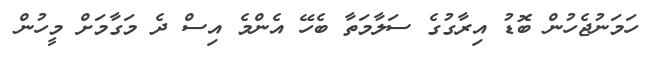
ހަމަނުޖެހުން ބޮޑު އިރާގުގެ ސަލާމަތާ ބެހޭ އެންމެ އިސް ދެ މަގާމަށް މީހުން